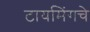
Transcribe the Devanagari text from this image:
टायमिंगचे